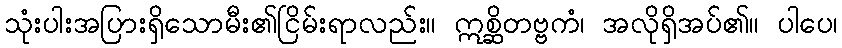
သုံးပါးအပြားရှိသောမီး၏ငြိမ်းရာလည်း။ ဣစ္ဆိတဗ္ဗကံ၊ အလိုရှိအပ်၏။ ပါပေ၊